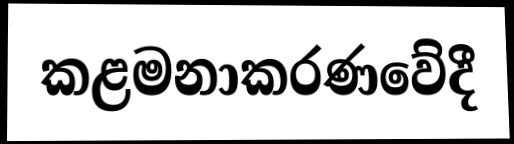
කළමනාකරණවේදී